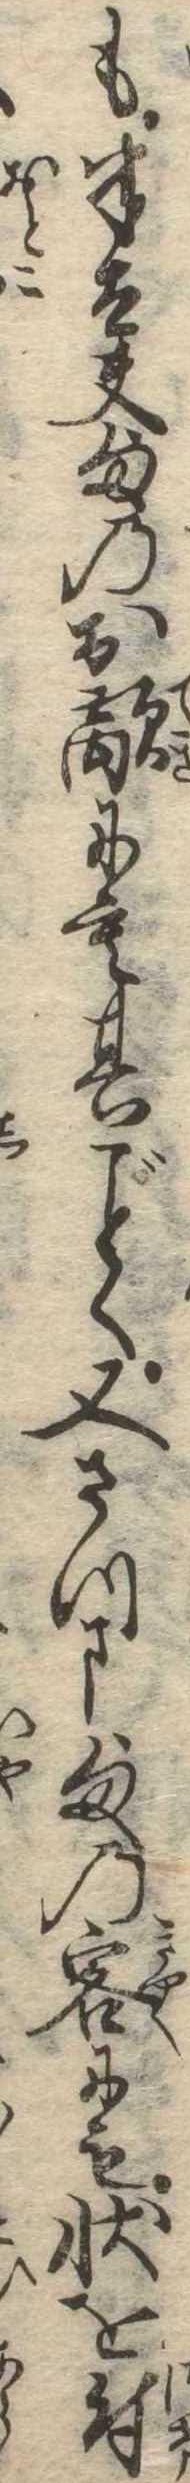
も半太夫様のお敵にも其く又さつま様の客にも状を付